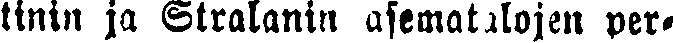
tinin ja Stralanin asematalojen per-